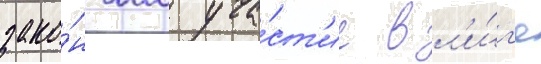
зако́нчил уча́ст'ие в л'и́г'е